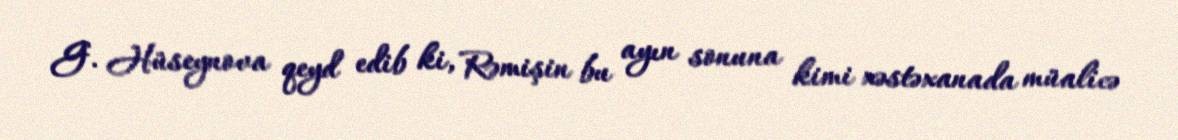
G. Hüseynova qeyd edib ki, Rəmişin bu ayın sonuna kimi xəstəxanada müalicə